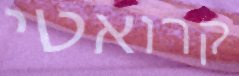
קרואטי